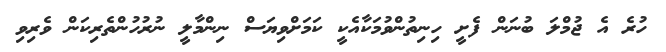
ހުރެ އެ ޖުމްލަ ބުނަން ފެށީ ހިނިތުންވުމަކާއެކީ ކަމަށްވިޔަސް ނިންމާލީ ނުރުހުންތެރިކަން ވެރިވި